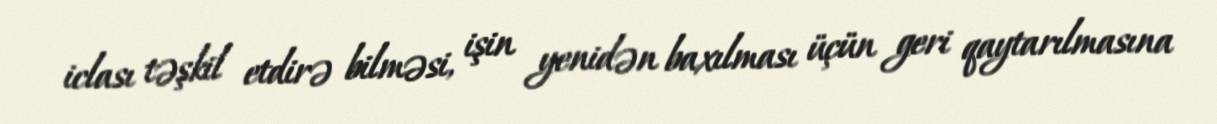
iclası təşkil etdirə bilməsi, işin yenidən baxılması üçün geri qaytarılmasına